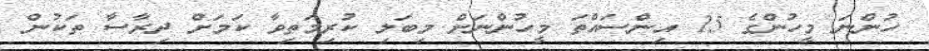
ހުންނަ މީހުންގެ 15 އިންސައްތަ މީހުންނަށް މިބަލި ކުރިމަތިވާ ކަމަށް ދިރާސާ ތަކުން